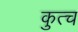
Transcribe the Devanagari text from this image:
कुत्च